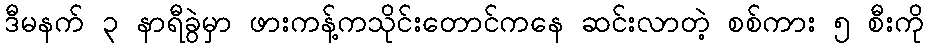
ဒီမနက် ၃ နာရီခွဲမှာ ဖားကန့်ကသိုင်းတောင်ကနေ ဆင်းလာတဲ့ စစ်ကား ၅ စီးကို